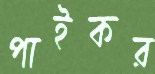
পাইকর